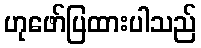
ဟုဖော်ပြထားပါသည်